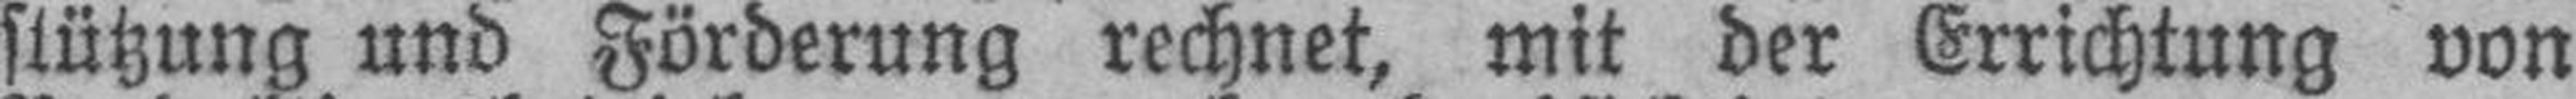
stützung und Förderung rechnet, mit der Errichtung von